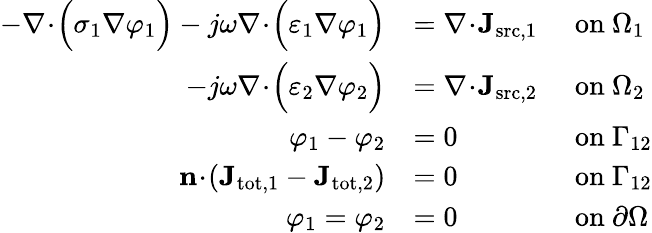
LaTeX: \begin{array}{rlrl}{-\nabla\! \cdot\! \Bigl(\sigma_{1}\nabla\varphi_{1}\Bigr)-j\omega\nabla\! \cdot\! \Bigl(\varepsilon_{1}\nabla\varphi_{1}\Bigr)}&{=\nabla\! \cdot\! \mathbf{J}_{\textrm{src},1}\! \! \! \! }&&{\mathrm{on~}\Omega_{1}}\\ {-j\omega\nabla\! \cdot\! \Bigl(\varepsilon_{2}\nabla\varphi_{2}\Bigr)}&{=\nabla\! \cdot\! \mathbf{J}_{\textrm{src},2}\! \! \! \! }&&{\mathrm{on~}\Omega_{2}}\\ {\varphi_{1}-\varphi_{2}}&{=0}&&{\mathrm{on~}\Gamma_{12}}\\ {\mathbf{n}\! \cdot\! (\mathbf{J}_{\textrm{tot},1}-\mathbf{J}_{\textrm{tot},2})}&{=0}&&{\mathrm{on~}\Gamma_{12}}\\ {\varphi_{1}=\varphi_{2}}&{=0}&&{\mathrm{on~}\partial\Omega}\end{array}